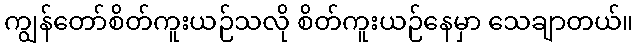
ကျွန်တော်စိတ်ကူးယဉ်သလို စိတ်ကူးယဉ်နေမှာ သေချာတယ်။